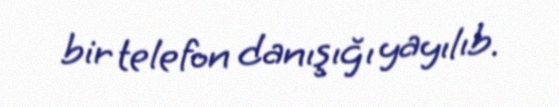
bir telefon danışığı yayılıb.